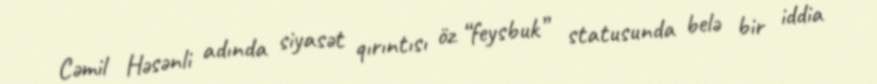
Cəmil Həsənli adında siyasət qırıntısı öz “feysbuk” statusunda belə bir iddia